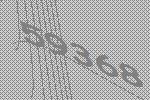
59368